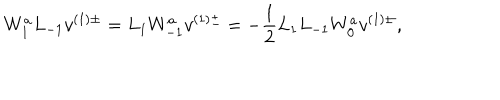
W _ { 1 } ^ { a } L _ { - 1 } v ^ { ( 1 ) \pm } = L _ { 1 } W _ { - 1 } ^ { a } v ^ { ( 1 ) \pm } = - \frac { 1 } { 2 } L _ { 1 } L _ { - 1 } W _ { 0 } ^ { a } v ^ { ( 1 ) \pm } ,